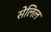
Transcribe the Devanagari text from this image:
सेलिल